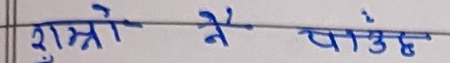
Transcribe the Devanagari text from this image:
राम्रो नै पाउँछ